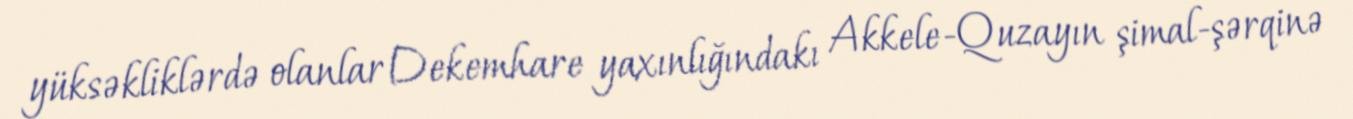
yüksəkliklərdə olanlar Dekemhare yaxınlığındakı Akkele-Quzayın şimal-şərqinə